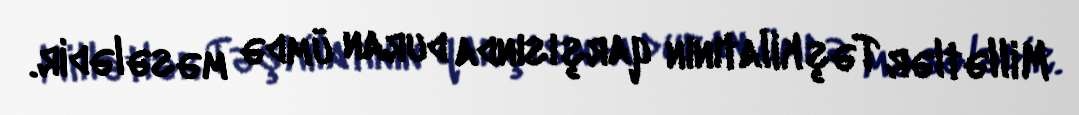
Millətlər Təşkilatının qarşısında duran ümdə məsələdir.